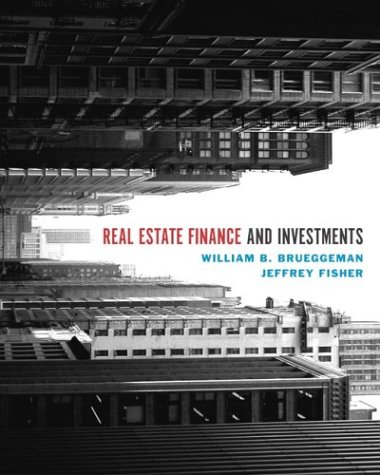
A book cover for Real Estate Finance & Investments + Excel templates CD-ROM (Real Estate Finance and Investments); William B Brueggeman; Business & Money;